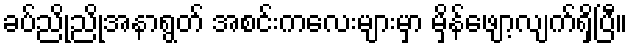
ခပ်ညိုညိုအနာရွတ် အစင်းကလေးများမှာ မှိန်ဖျော့လျက်ရှိပြီ။